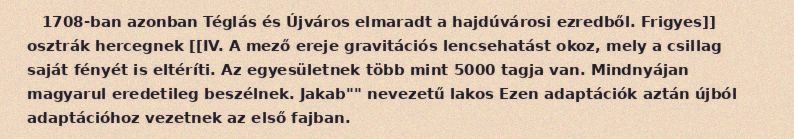
1708-ban azonban Téglás és Újváros elmaradt a hajdúvárosi ezredből. Frigyes]] osztrák hercegnek [[IV. A mező ereje gravitációs lencsehatást okoz, mely a csillag saját fényét is eltéríti. Az egyesületnek több mint 5000 tagja van. Mindnyájan magyarul eredetileg beszélnek. Jakab"" nevezetű lakos Ezen adaptációk aztán újból adaptációhoz vezetnek az első fajban.